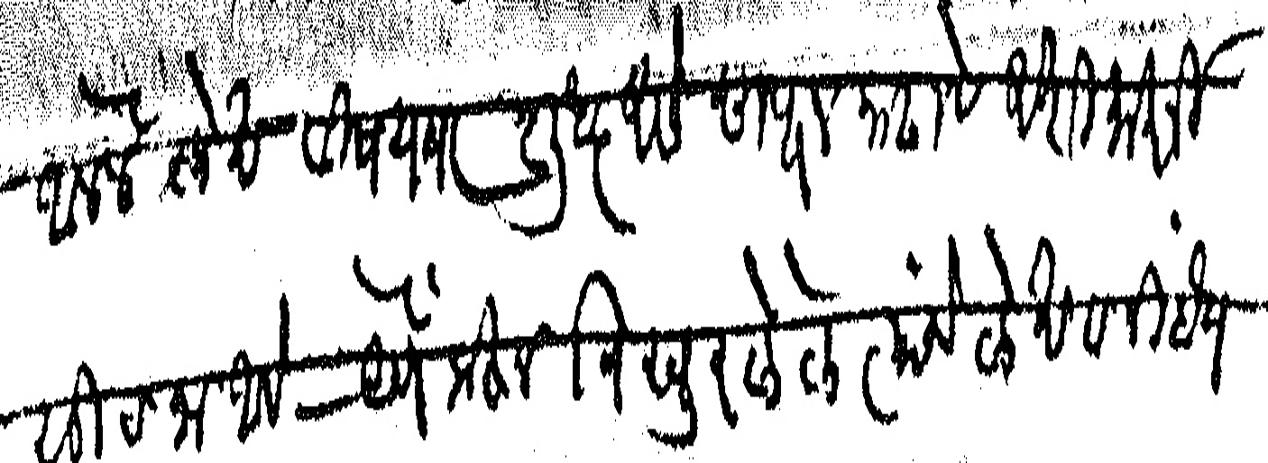
Transliteration (Devanagari): आलेले लेख विषयवार शुद्ध असे छापून काढावे अशी माझी सूचना आहे येणेकरून विखुरलेले त्यांचे लेख व निबंध